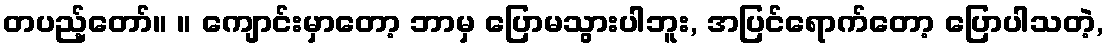
တပည့်တော်။ ။ ကျောင်းမှာတော့ ဘာမှ ပြောမသွားပါဘူး, အပြင်ရောက်တော့ ပြောပါသတဲ့,